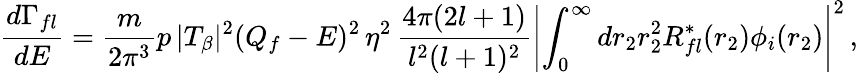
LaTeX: {\frac{d\Gamma_{fl}}{dE}}={\frac{m}{2\pi^{3}}}p\, |T_{\beta}|^{2}(Q_{f}-E)^{2}\, \eta^{2}\, {\frac{4\pi(2l+1)}{l^{2}(l+1)^{2}}}\left|\int_{0}^{\infty}dr_{2}r_{2}^{2}R_{fl}^{*}(r_{2})\phi_{i}(r_{2})\right|^{2}\, ,